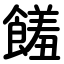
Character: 饈